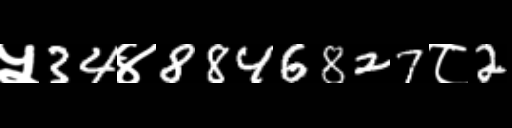
Text: ५34४8846827८2